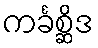
ကင်္ခစ္ဆိဒ